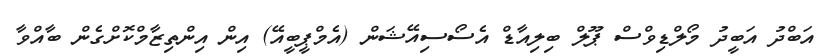
އަބްދު އަބީދު މޯލްޑިވްސް ޕޫލް ބިލިއާޑް އެސޯސިއޭޝަން (އެމްޕީބީއޭ) އިން އިންތިޒާމްކޮށްގެން ބާއްވާ